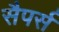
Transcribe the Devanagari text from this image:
सैपर्स